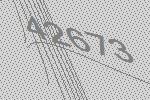
42673